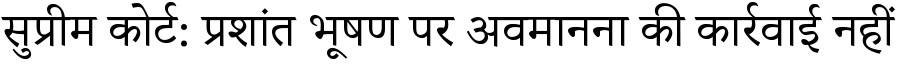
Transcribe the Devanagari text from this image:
सुप्रीम कोर्ट: प्रशांत भूषण पर अवमानना की कार्रवाई नहीं